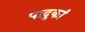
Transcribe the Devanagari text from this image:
पादुकां